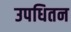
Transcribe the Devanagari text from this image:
उपधितन